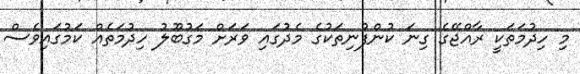
މި ހިދުމަތަކީ ރާއްޖޭގެ ގިނަ ކުންފުނިތަކުގެ މެދުގައި ވަރަށް މަގުބޫލު ހިދުމަތެއް ކަމުގައިވެސް